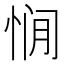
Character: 𰑥